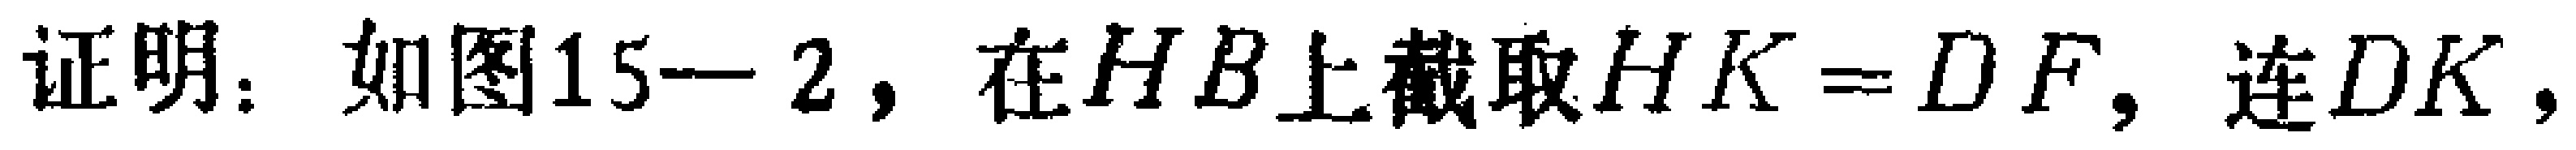
证明：如图15—2，在\(HB\)上截取\(HK = DF\)，连\(DK\)，